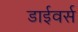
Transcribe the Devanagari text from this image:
डाईवर्स